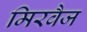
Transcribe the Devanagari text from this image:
मिरवैज